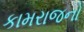
કામરાજનો